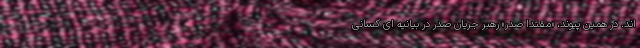
اند. در همین پیوند، «مقتدا صدر» رهبر جریان صدر در بیانیه ای کسانی